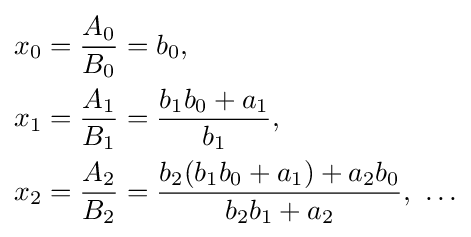
{\begin{aligned}x_{0}&={\frac {A_{0}}{B_{0}}}=b_{0},\\x_{1}&={\frac {A_{1}}{B_{1}}}={\frac {b_{1}b_{0}+a_{1}}{b_{1}}},\\x_{2}&={\frac {A_{2}}{B_{2}}}={\frac {b_{2}(b_{1}b_{0}+a_{1})+a_{2}b_{0}}{b_{2}b_{1}+a_{2}}},\ \dots \end{aligned}}